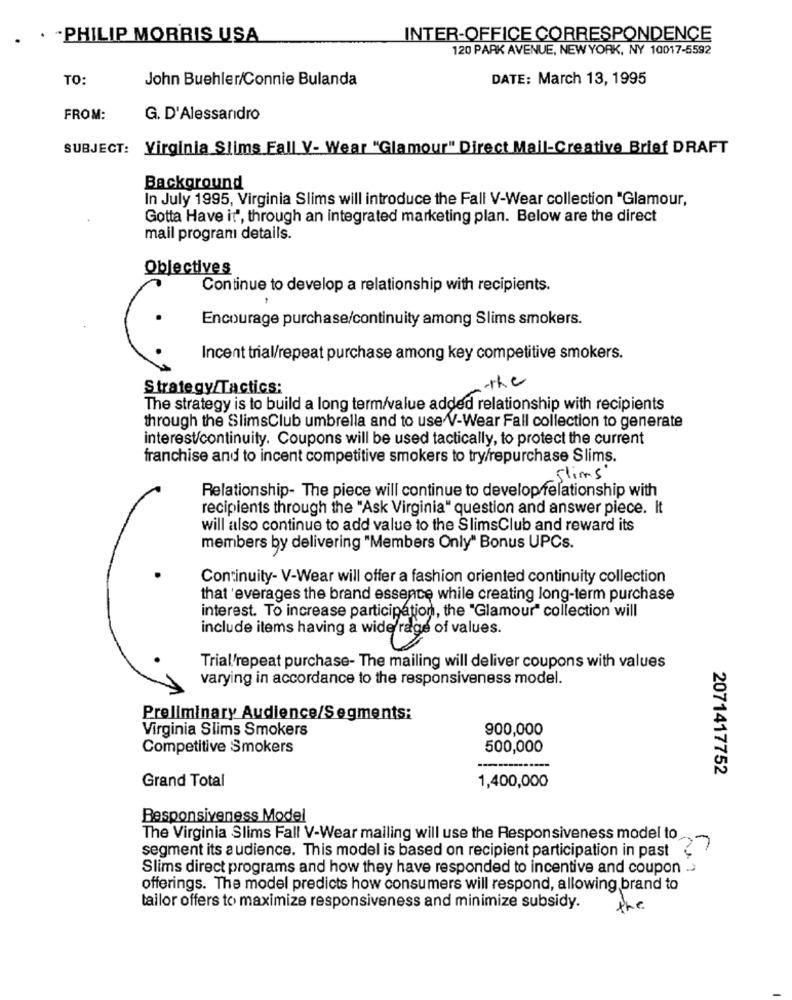
. . . PHILIP MORRIS USA
INTER-OFFICE CORRESPONDENCE
120 PARK AVENUE, NEW YORK, NY 10017-5592
TO:
John Buehler/Connie Bulanda
DATE: March 13, 1995
FROM:
G. D'Alessandro
SUBJECT: Virginia Slims Fall V- Wear "Glamour" Direct Mail-Creative Brief DRAFT
Background
In July 1995, Virginia Slims will introduce the Fall V-Wear collection "Glamour,
Gotta Have it", through an integrated marketing plan. Below are the direct
mail programı details.
Objectives
Continue to develop a relationship with recipients.
Encourage purchase/continuity among Slims smokers.
Incent trial/repeat purchase among key competitive smokers.
the
Strategy/Tactics:
The strategy is to build a long term/value added relationship with recipients
through the SlimsClub umbrella and to use V-Wear Fall collection to generate
interest/continuity. Coupons will be used tactically, to protect the current
franchise and to incent competitive smokers to try/repurchase Slims.
Slims
Relationship- The piece will continue to develop relationship with
recipients through the "Ask Virginia" question and answer piece. It
will also continue to add value to the SlimsClub and reward its
members by delivering "Members Only" Bonus UPCs.
Continuity- V-Wear will offer a fashion oriented continuity collection
that 'everages the brand essence while creating long-term purchase
interest. To increase participation, the "Glamour" collection will
include items having a wide rage of values.
Trial'repeat purchase- The mailing will deliver coupons with values
varying in accordance to the responsiveness model.
Preliminary Audience/Segments:
Virginia Slims Smokers
900,000
Competitive Smokers
500,000
Grand Total
1,400,000
2071417752
Responsiveness Model
The Virginia Slims Fall V-Wear mailing will use the Responsiveness model to
segment its audience. This model is based on recipient participation in past
Slims direct programs and how they have responded to incentive and coupon .>
offerings. The model predicts how consumers will respond, allowing brand to
tailor offers to maximize responsiveness and minimize subsidy.
the